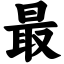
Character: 最